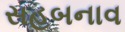
સહબનાવ